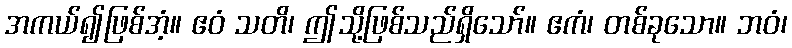
အကယ်၍ဖြစ်အံ့။ ဧဝံ သတိ၊ ဤသို့ဖြစ်သည်ရှိသော်။ ဧကံ၊ တစ်ခုသော။ ဘဝံ၊